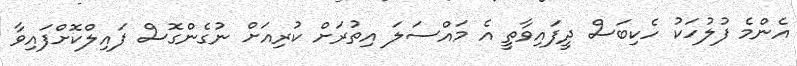
އެންމެ ފުލުހަކު ހެކިބަސް ދީފައިވާތީ އެ މައްސަލަ އިތުރަށް ކުރިއަށް ނުގެންގޮސް ފައިލްކޮށްފައިވާ